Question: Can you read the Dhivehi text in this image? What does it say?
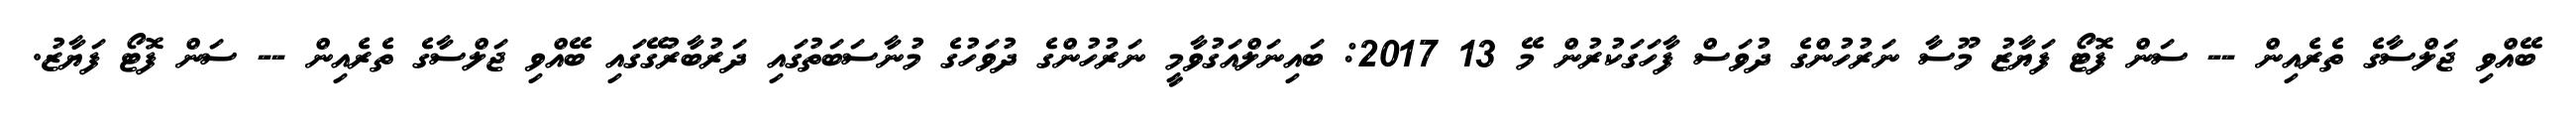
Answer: ބޭއްވި ޖަލްސާގެ ތެރެއިން -- ސަން ފޮޓޯ ފަޔާޒު މޫސާ ނަރުހުންގެ ދުވަސް ފާހަގަކުރުން މޭ 13 2017: ބައިނަލްއަގުވާމީ ނަރުހުންގެ ދުވަހުގެ މުނާސަބަތުގައި ދަރުބާރުގޭގައި ބޭއްވި ޖަލްސާގެ ތެރެއިން -- ސަން ފޮޓޯ ފަޔާޒު.